Indian journal of veterinary science and animal husbandry - Volume 4,
Year: 1934
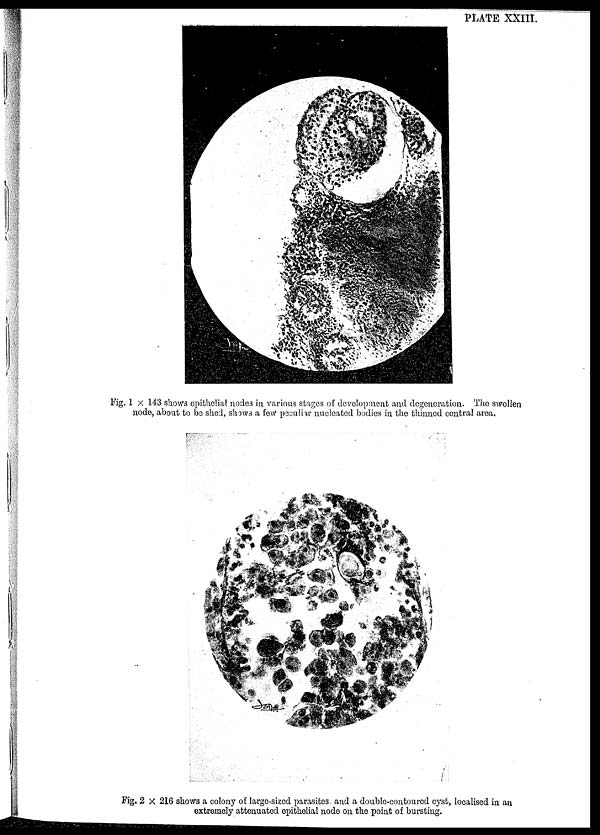
PLATE XXIII.
Fig. 1 × 143 shows epithelial nodes in various stages of development and degeneration. The swollen
node, about to be shed, shows a few peauliar nucleated bodies in the thinned central area.
Fig. 2 × 216 shows a colony of large-sized parasites and a double-contoured cyst, localised in an
extremely attenuated epithelial node on the point of bursting.